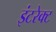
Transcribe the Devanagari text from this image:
इंटरेक्ट